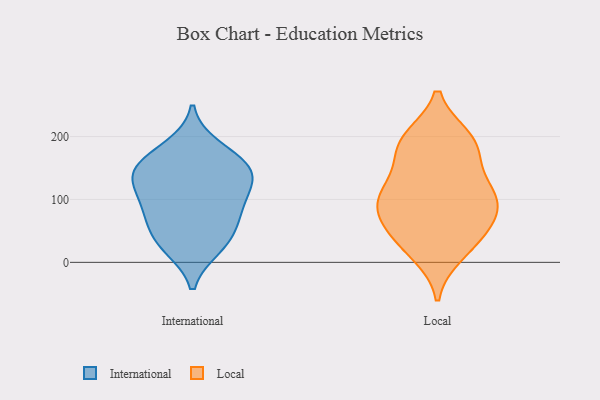
{"axis": {"x": "Waste Production (Tons)", "y": "Value"}, "legend": ["International", "Local"], "data": [{"x": "", "y": 44, "type": "International"}, {"x": "", "y": 81, "type": "International"}, {"x": "", "y": 131, "type": "International"}, {"x": "", "y": 183, "type": "International"}, {"x": "", "y": 29, "type": "International"}, {"x": "", "y": 24, "type": "International"}, {"x": "", "y": 151, "type": "International"}, {"x": "", "y": 129, "type": "International"}, {"x": "", "y": 149, "type": "International"}, {"x": "", "y": 86, "type": "International"}, {"x": "", "y": 77, "type": "International"}, {"x": "", "y": 164, "type": "International"}, {"x": "", "y": 123, "type": "International"}, {"x": "", "y": 60, "type": "Local"}, {"x": "", "y": 24, "type": "Local"}, {"x": "", "y": 171, "type": "Local"}, {"x": "", "y": 67, "type": "Local"}, {"x": "", "y": 198, "type": "Local"}, {"x": "", "y": 36, "type": "Local"}, {"x": "", "y": 174, "type": "Local"}, {"x": "", "y": 99, "type": "Local"}, {"x": "", "y": 127, "type": "Local"}, {"x": "", "y": 119, "type": "Local"}, {"x": "", "y": 96, "type": "Local"}, {"x": "", "y": 13, "type": "Local"}, {"x": "", "y": 197, "type": "Local"}, {"x": "", "y": 109, "type": "Local"}, {"x": "", "y": 195, "type": "Local"}, {"x": "", "y": 94, "type": "Local"}, {"x": "", "y": 66, "type": "Local"}]}